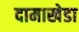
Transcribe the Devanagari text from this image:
दामाखेडा